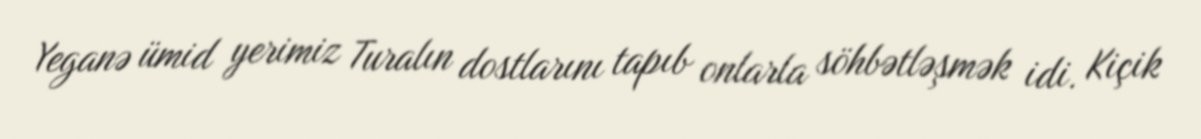
Yeganə ümid yerimiz Turalın dostlarını tapıb onlarla söhbətləşmək idi. Kiçik